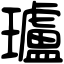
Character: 瓐